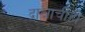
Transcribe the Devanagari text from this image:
द्राक्षाचीही